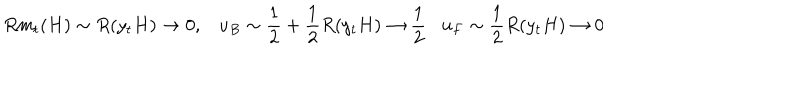
R m _ { t } ( H ) \sim R ( y _ { t } H ) \rightarrow 0 , u _ { B } \sim \frac { 1 } { 2 } + \frac { 1 } { 2 } R ( y _ { t } H ) \rightarrow \frac { 1 } { 2 } u _ { F } \sim \frac { 1 } { 2 } R ( y _ { t } H ) \rightarrow 0